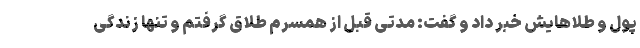
پول و طلاهایش خبر داد و گفت: مدتی قبل از همسرم طلاق گرفتم و تنها زندگی